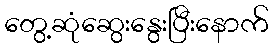
တွေ့ဆုံဆွေးနွေးပြီးနောက်